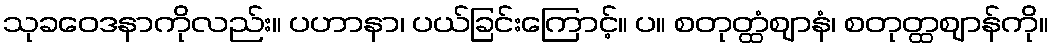
သုခဝေဒနာကိုလည်း။ ပဟာနာ၊ ပယ်ခြင်းကြောင့်။ ပ။ စတုတ္ထံဈာနံ၊ စတုတ္ထဈာန်ကို။